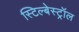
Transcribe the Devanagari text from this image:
स्टिल्बेस्ट्रॉल